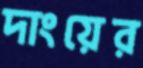
দাংয়ের